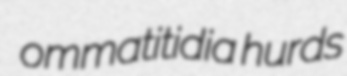
ommatitidia hurds